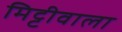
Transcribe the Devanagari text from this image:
मिट्टीवाला